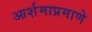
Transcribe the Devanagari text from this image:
आर्शमाप्रमाणे